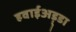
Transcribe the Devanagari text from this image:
हवाईअड़्डा